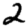
Digit: 2